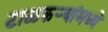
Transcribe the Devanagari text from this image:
टाळकऱ्यांमध्ये